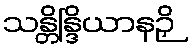
သန္တိန္ဒြိယာနဉှိ